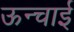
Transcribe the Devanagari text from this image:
ऊन्चाई